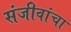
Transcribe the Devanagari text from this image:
संजीवांचा